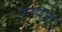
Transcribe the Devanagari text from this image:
राम्पेज